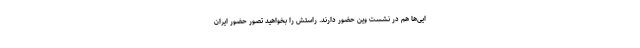
ایی‌ها هم در نشست وین حضور دارند. راستش را بخواهید تصور حضور ایران